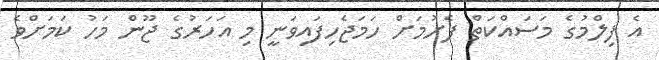
އެ ފިލްމުގެ މަސައްކަތް ފެށުމަށް ހަމަޖެހިފައިވަނީ މި އަހަރުގެ ޖޫން މަހު ކަމަށްވެ